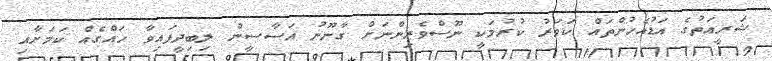
ޝަރީއަތުގެ އަޑުއެހުންތައް ކަވަރު ކުރުމަކީ ނޫސްވެރިންނަށް ގާނޫނު އަސާސީން ލިބިދީފައިވާ ހައްގެއް ކަމަށާއި